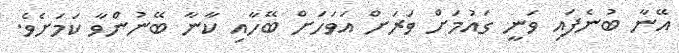
އޭނާ ބުނެފައި ވަނީ ގައުމަށް ވަރަށް އަވަހަށް ބޭހާއި ކާނާ ބޭނުންވާ ކަމަށެވެ.